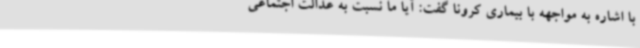
با اشاره به مواجهه با بیماری کرونا گفت: آیا ما نسبت به عدالت اجتماعی